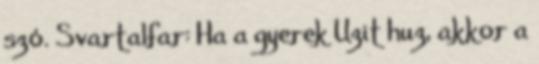
szó. Svartalfar: Ha a gyerek Uzit huz, akkor a